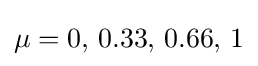
\mu =0,\,0.33,\,0.66,\,1